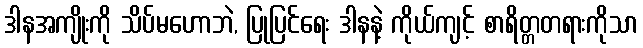
ဒါနအကျိုးကို သိပ်မဟောဘဲ, ပြုပြင်ရေး ဒါနနဲ့ ကိုယ်ကျင့် စာရိတ္တတရားကိုသာ